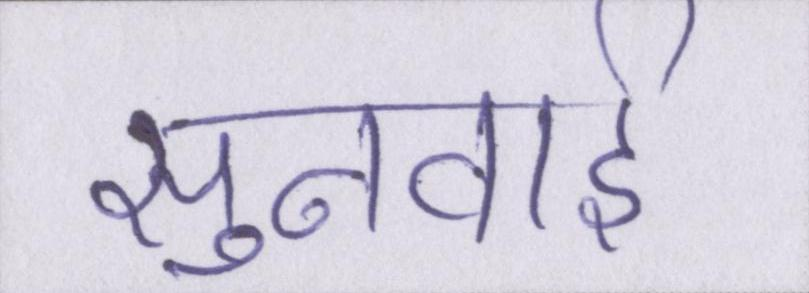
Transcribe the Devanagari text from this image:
सुनवाई